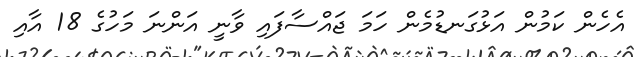
އެހެން ކަމުން އަޅުގަނޑުމެން ހަމަ ޖައްސާފައި ވާނީ އަންނަ މަހުގެ 18 އާއި